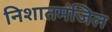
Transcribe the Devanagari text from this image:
निशातमंजिल